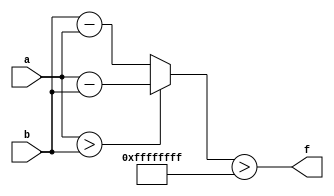
module wce_mit(a, b, f);
parameter _bit = 64;
parameter wce = 4294967295;
input [_bit - 1: 0] a;
input [_bit - 1: 0] b;
output f;
wire [_bit - 1: 0] diff;
assign diff = (a > b)? (a - b): (b - a);
assign f = (diff > wce);
endmodule